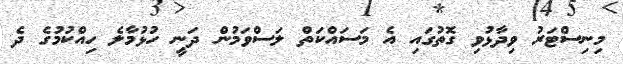
މިނިސްޓަރު ވިދާޅުވި ގޮތުގައި އެ މަސައްކަތް ލަސްވަމުން ދަނީ ހުޅުމާލެ ހިއްކުމުގެ ދެ